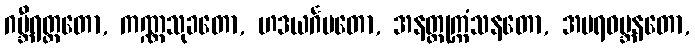
ဂမ္ဘီရတ္ထတော, ကဏ္ဏသုခတော, ဟဒယင်္ဂမတော, အနတ္တုက္ကံသနတော, အပရဝမ္ဘနတော,